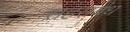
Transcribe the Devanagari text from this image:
सहसबंध